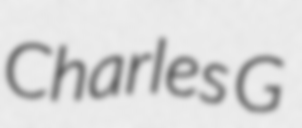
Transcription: Charles G